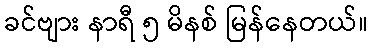
ခင်ဗျား နာရီ ၅ မိနစ် မြန်နေတယ်။